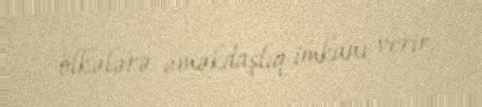
ölkələrə əməkdaşlıq imkanı verir.